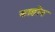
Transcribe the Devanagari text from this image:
साहोन